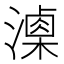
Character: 𣿚